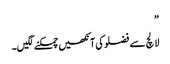
”
لالچ سے فضلو کی آنکھیں چمکنے لگیں۔